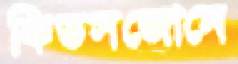
কিডসজোনে